Report of the Bombay Veterinary College
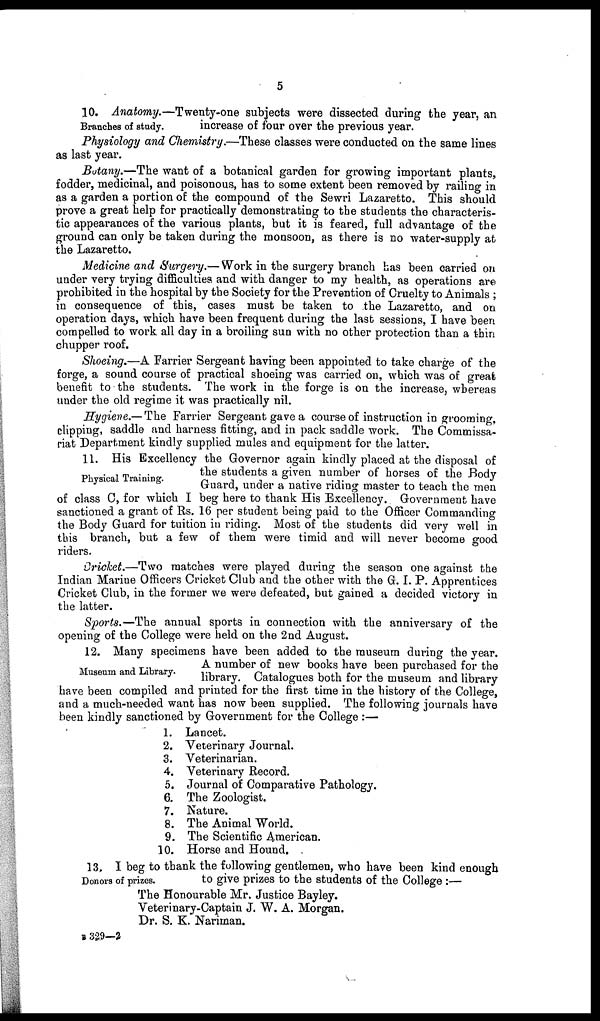
5
10. Anatomy.-Twenty-one subjects were dissected during the year, an
Branches of study.
increase of four over the previous year.
Physiology and Chemistry.—These classes were conducted on the same lines
as last year.
Botany.—The want of a botanical garden for growing important plants,
fodder, medicinal, and poisonous, has to some extent been removed by railing in
as a garden a portion of the compound of the Sewri Lazaretto. This should
prove a great help for practically demonstrating to the students the characteris-
tic appearances of the various plants, but it is feared, full advantage of the
ground can only be taken during the monsoon, as there is no water-supply at
the Lazaretto.
Medicine and Surgery.—Work in the surgery branch has been carried on
under very trying difficulties and with danger to my health, as operations are
prohibited in the hospital by the Society for the Prevention of Cruelty to Animals ;
in consequence of this, cases must be taken to the Lazaretto, and on
operation days, which have been frequent during the last sessions, I have been
compelled to work all day in a broiling sun with no other protection than a thin
chupper roof.
Shoeing.—A Farrier Sergeant having been appointed to take charge of the
forge, a sound course of practical shoeing was carried on, which was of great
benefit to the students. The work in the forge is on the increase, whereas
under the old regime it was practically nil.
Hygiene.— The Farrier Sergeant gave a course of instruction in grooming,
clipping, saddle and harness fitting, and in pack saddle work. The Commissa-
riat Department kindly supplied mules and equipment for the latter.
Physical Training.
11. His Excellency the Governor again kindly placed at the disposal of
the students a given number of horses of the Body
Guard, under a native riding master to teach the men
of class C, for which I beg here to thank His Excellency. Government have
sanctioned a grant of Rs. 16 per student being paid to the Officer Commanding
the Body Guard for tuition in riding. Most of the students did very well in
this branch, but a few of them were timid and will never become good
riders.
Cricket.—Two matches were played during the season one against the
Indian Marine Officers Cricket Club and the other with the G. I. P. Apprentices
Cricket Club, in the former we were defeated, but gained a decided victory in
the latter.
Sports.—The annual sports in connection with the anniversary of the
opening of the College were held on the 2nd August.
Museum and Library.
12. Many specimens have been added to the museum during the year.
A number of new books have been purchased for the
library. Catalogues both for the museum and library
have been compiled and printed for the first time in the history of the College,
and a much-needed want has now been supplied. The following journals have
been kindly sanctioned by Government for the College :—
1. Lancet.
2. Veterinary Journal.
3. Veterinarian.
4. Veterinary Record.
5. Journal of Comparative Pathology.
6. The Zoologist.
7. Nature.
8. The Animal World.
9. The Scientific American.
10. Horse and Hound.
Donors of prizes.
13. I beg to thank the following gentlemen, who have been kind enough
to give prizes to the students of the College :—
The Honourable Mr. Justice Bayley.
Veterinary-Captain J. W. A. Morgan.
Dr. S. K. Nariman.
B 329—2